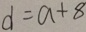
d = a + 8